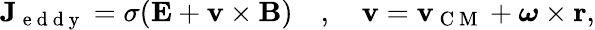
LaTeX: \begin{array}{r}{\mathbf{J}_{\mathrm{~e~d~d~y~}}=\sigma(\mathbf{E}+\mathbf{v}\times\mathbf{B})\quad,\quad\mathbf{v}=\mathbf{v}_{\mathrm{~C~M~}}+\boldsymbol{\omega}\times\mathbf{r},}\end{array}